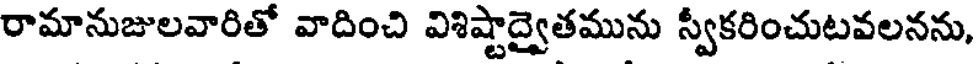
రామానుజులవారితో వాదించి విశిష్టాద్వైతమును స్వీకరించుటవలనను,